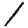
Digit: 1